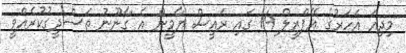
މިދިއަ އަހަރުގެ އޭޕްރީލް 14 ގައި ރައީސް ޔާމީން އެ ގާނޫނު ތަސްދީގުކުރެއްވީ